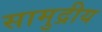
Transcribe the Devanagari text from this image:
सामुद्रीय